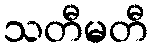
သတီမတီ